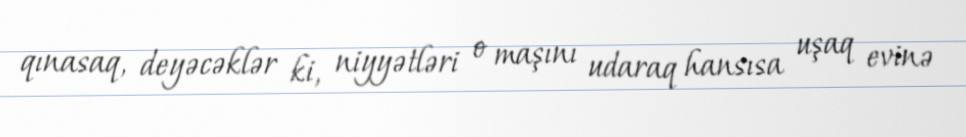
qınasaq, deyəcəklər ki, niyyətləri o maşını udaraq hansısa uşaq evinə